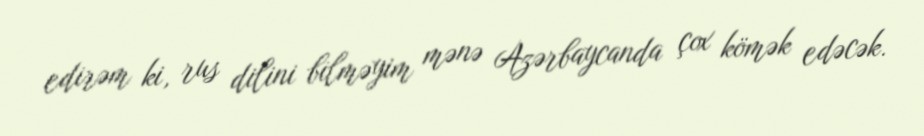
edirəm ki, rus dilini bilməyim mənə Azərbaycanda çox kömək edəcək.